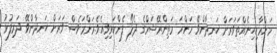
މަންމާކިހިނެއްތަވަރަށް ހަނދާންވޭ މަންމަ މަތިންރޭޝަމްގެ ދެލޯ ފެންކަޅިވިއެވެ.މަންމަވެސް ވަރަށް ހަނދާންވޭ ދަރިފުޅު